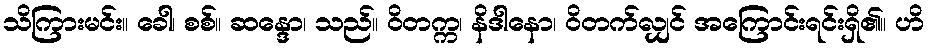
သိကြားမင်း။ ခေါ၊ စစ်။ ဆန္ဒော၊ သည်။ ဝိတက္က၊ နိဒါနော၊ ဝိတက်လျှင် အကြောင်းရင်းရှိ၏။ ဟိ